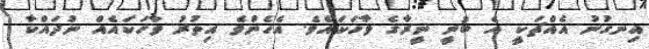
އިނގުނު އެއްޗަކީ އެ ބުނީ ނީރާގެ ވާހަކައެވެ. އެހެންވެ އިތުރު ވާހަަކައެއް ނުދައްކާ